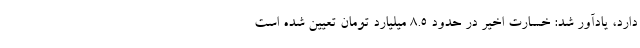
دارد، یادآور شد: خسارت اخیر در حدود ۸.۵ میلیارد تومان تعیین شده است